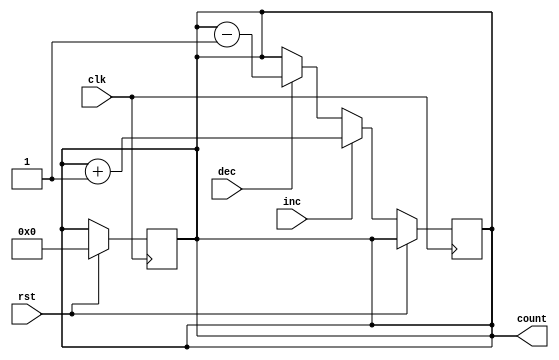
module GrayCounter (
    input wire clk,
    input wire rst,
    input wire inc,
    input wire dec,
    output reg [3:0] count
);

reg [3:0] next_count;

always @(posedge clk) begin
    if (rst) begin
        count <= 4'b0000;
    end else if (inc) begin
        next_count <= count + 1;
    end else if (dec) begin
        next_count <= count - 1;
    end else begin
        next_count <= count;
    end
end

always @* begin
    count <= next_count;
end

endmodule